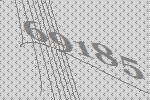
69185